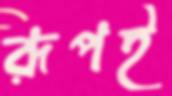
রূপই